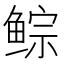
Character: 𱇾